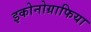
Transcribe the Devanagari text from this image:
इकोनोग्राफिया